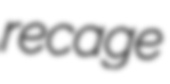
recage